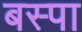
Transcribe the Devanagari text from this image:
बस्‍पा